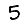
Digit: 5